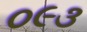
૦૯૩